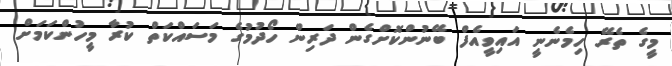
މީގެ ތެރޭ ހިމެނެނީ އައިވީއެފް ބޭނުންކޮށްގެން ދަރިން ހޯދުމުގެ މަސައްކަތް ކުރާ މީހުންކަމަށް